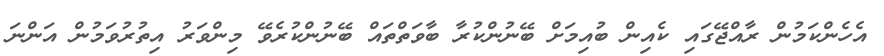
އެހެންކަމުން ރާއްޖޭގައި ކެއިން ބުއިމަށް ބޭނުންކުރާ ބާވަތްތައް ބޭނުންކުރެވޭ މިންވަރު އިތުރުވަމުން އަންނަ